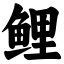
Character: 鲤